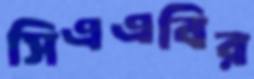
সিএএবির